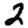
Digit: 2